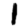
Digit: 1